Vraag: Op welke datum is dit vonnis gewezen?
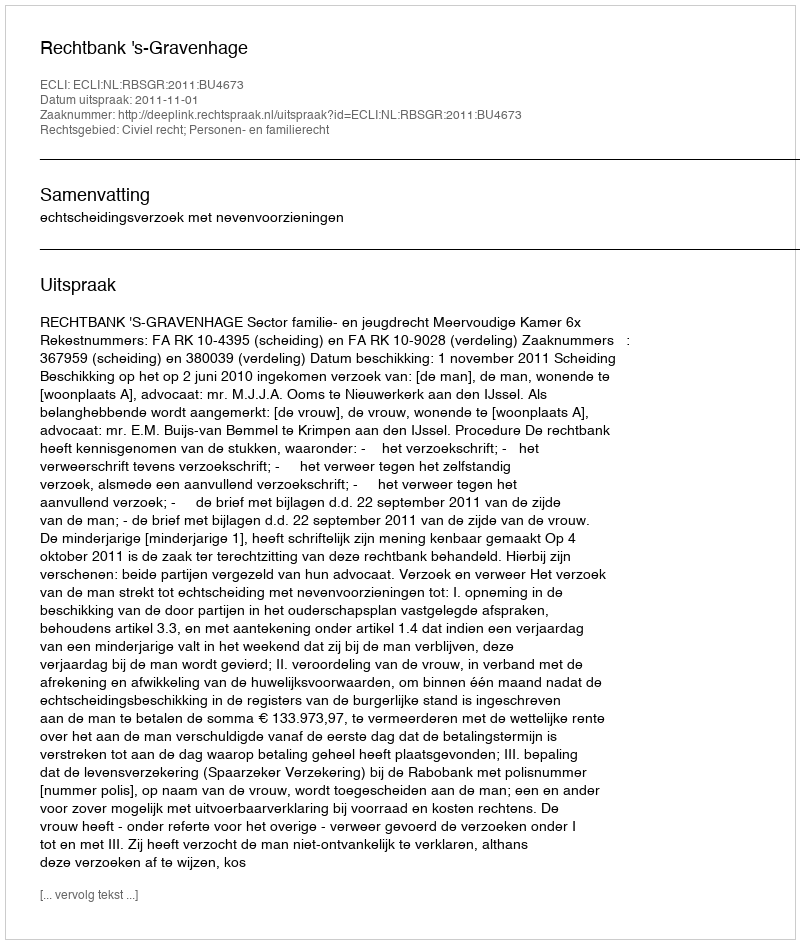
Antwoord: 2011-11-01